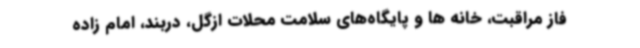
فاز مراقبت، خانه ها و پایگاه‌های سلامت محلات ازگل، دربند، امام زاده